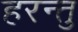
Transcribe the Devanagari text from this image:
हरन्तु